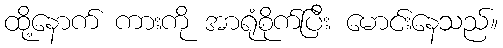
ထို့နောက် ကားကို အာရုံစိုက်ပြီး မောင်းနေသည်။